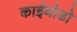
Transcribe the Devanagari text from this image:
काईयोडो